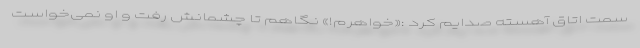
سمت اتاق آهسته صدایم کرد :«خواهرم!» نگاهم تا چشمانش رفت و او نمی‌خواست